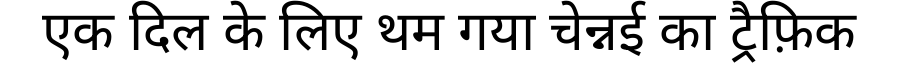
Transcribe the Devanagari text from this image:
एक दिल के लिए थम गया चेन्नई का ट्रैफ़िक